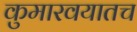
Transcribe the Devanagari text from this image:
कुमारवयातच